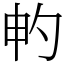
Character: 畃